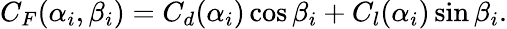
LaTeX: C_{F}(\alpha_{i},\beta_{i})=C_{d}(\alpha_{i})\cos\beta_{i}+C_{l}(\alpha_{i})\sin\beta_{i}.